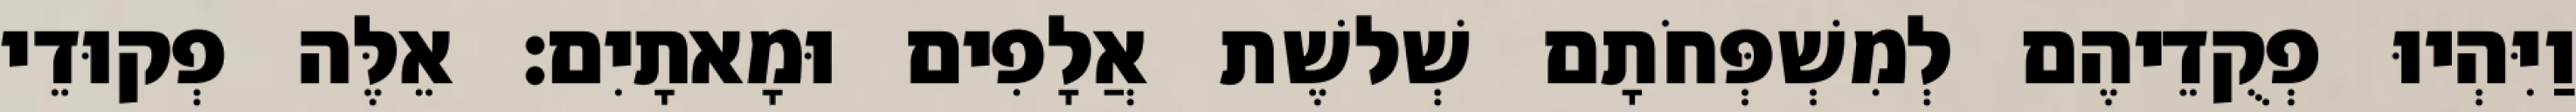
וַיִּהְיוּ פְקֻדֵיהֶם לְמִשְׁפְּחֹתָם שְׁלשֶׁת אֲלָפִים וּמָאתָיִם׃ אֵלֶּה פְקוּדֵי